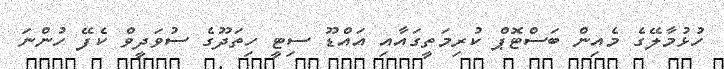
ހުޅުމާލޭގެ މެއިން ބަސްޓޮޕް ކުރިމަތީގައާއި އައްޑޫ ސިޓީ ހިތަދޫގެ ސުވަދީވް ކެފޭ ހުންނަ